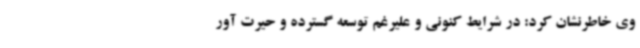
وی خاطرنشان کرد: در شرایط کنونی و علیرغم توسعه گسترده و حیرت آور